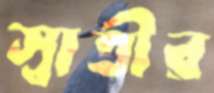
স্বাতীর